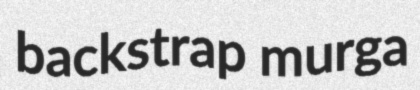
backstrap murga